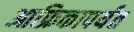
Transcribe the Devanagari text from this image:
आफ्रिकापर्यंत